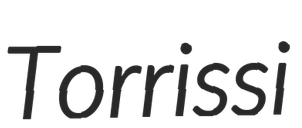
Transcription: Torrissi